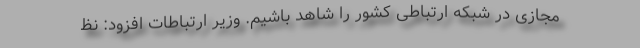
مجازی در شبکه ارتباطی کشور را شاهد باشیم. وزیر ارتباطات افزود: نظ